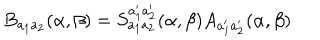
B _ { a _ { 1 } a _ { 2 } } ( \alpha , \beta ) = S _ { a _ { 1 } a _ { 2 } } ^ { a _ { 1 } ^ { \prime } a _ { 2 } ^ { \prime } } ( \alpha , \beta ) A _ { a _ { 1 } ^ { \prime } a _ { 2 } ^ { \prime } } ( \alpha , \beta )